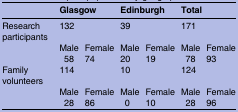
<table><thead><tr><td>[EMPTY_CELL]</td><td colspan="2"><b>Glasgow</b></td><td colspan="2"><b>Edinburgh</b></td><td colspan="2"><b>Total</b></td></tr></thead><tbody><tr><td>Research participants</td><td colspan="2">132</td><td colspan="2">39</td><td colspan="2">171</td></tr><tr><td>[EMPTY_CELL]</td><td>Male</td><td>Female</td><td>Male</td><td>Female</td><td>Male</td><td>Female</td></tr><tr><td>[EMPTY_CELL]</td><td> 58</td><td>74</td><td>20</td><td>19</td><td> 78</td><td>93</td></tr><tr><td>Family volunteers</td><td colspan="2">114</td><td colspan="2">10</td><td colspan="2">124</td></tr><tr><td>[EMPTY_CELL]</td><td>Male</td><td>Female</td><td>Male</td><td>Female</td><td>Male</td><td>Female</td></tr><tr><td>[EMPTY_CELL]</td><td> 28</td><td>86</td><td> 0</td><td>10</td><td> 28</td><td>96</td></tr></tbody></table>